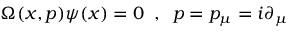
\Omega ( x , p ) \psi ( x ) = 0 \; \; , \; \; p = p _ { \mu } = i \partial _ { \mu }